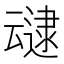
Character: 叇